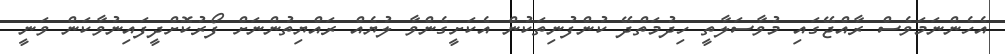
އެހެންނަމަވެސް ރާއްޖޭގައި މުވާސަލާތީ ހިދުމަތްދޭ ކުންފުނިތަކުން އެކަށީގެންވާ ލުޔެއް ރައްޔިތުންނަށް ފޯރުކޮށްދީފައިނުވާކަން ވަނީ